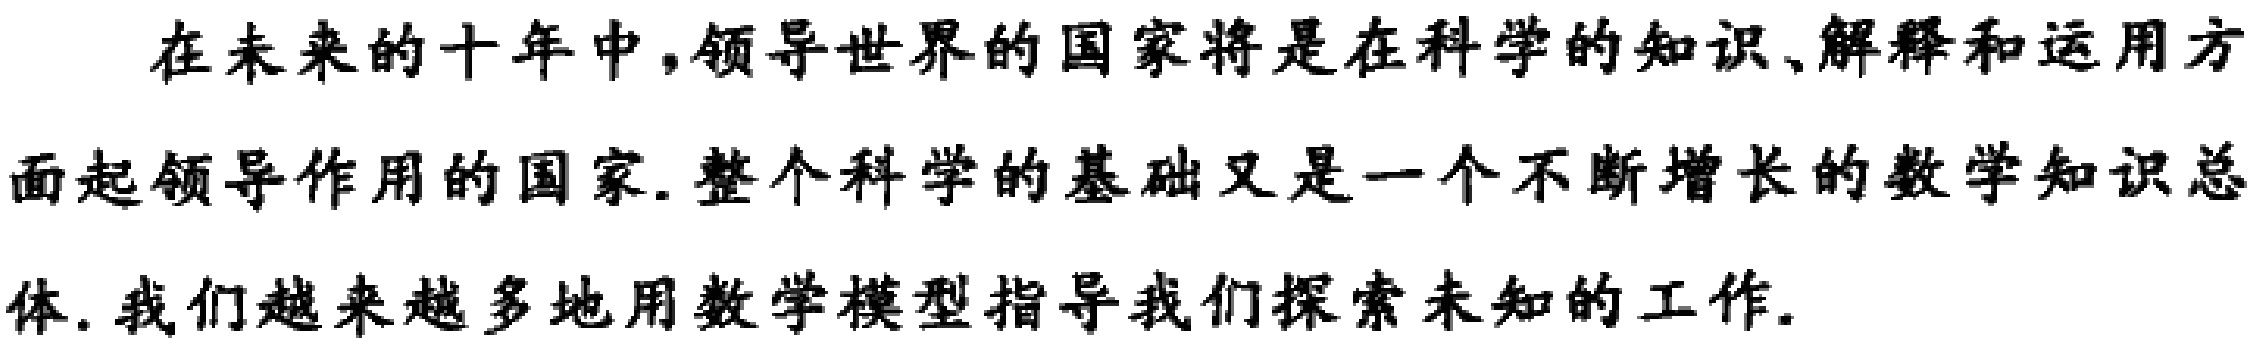
在未来的十年中,领导世界的国家将是在科学的知识、解释和运用方面起领导作用的国家. 整个科学的基础又是一个不断增长的数学知识总体. 我们越来越多地用数学模型指导我们探索未知的工作.